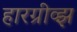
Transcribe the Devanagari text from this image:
हारग्रीव्झ